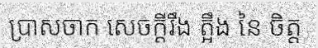
ប្រាសចាក សេចក្តីរឹង ត្អឹង នៃ ចិត្ត